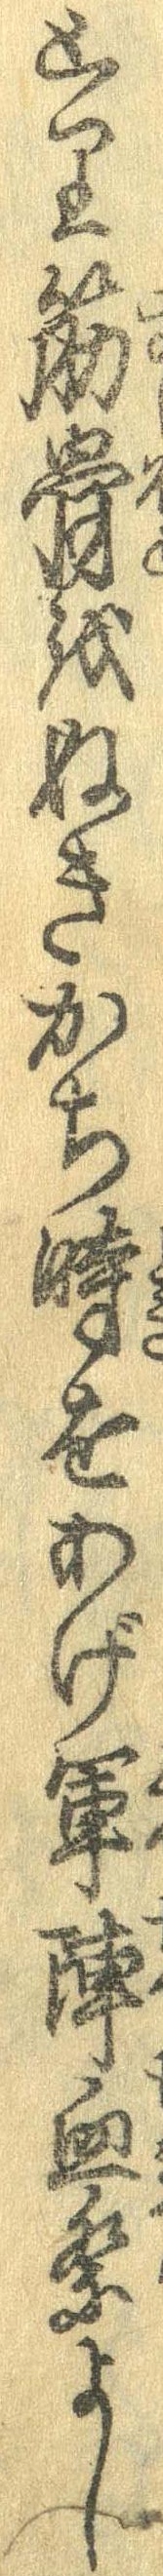
とり筋骨をぬきかち時をあげ軍陣血祭よし